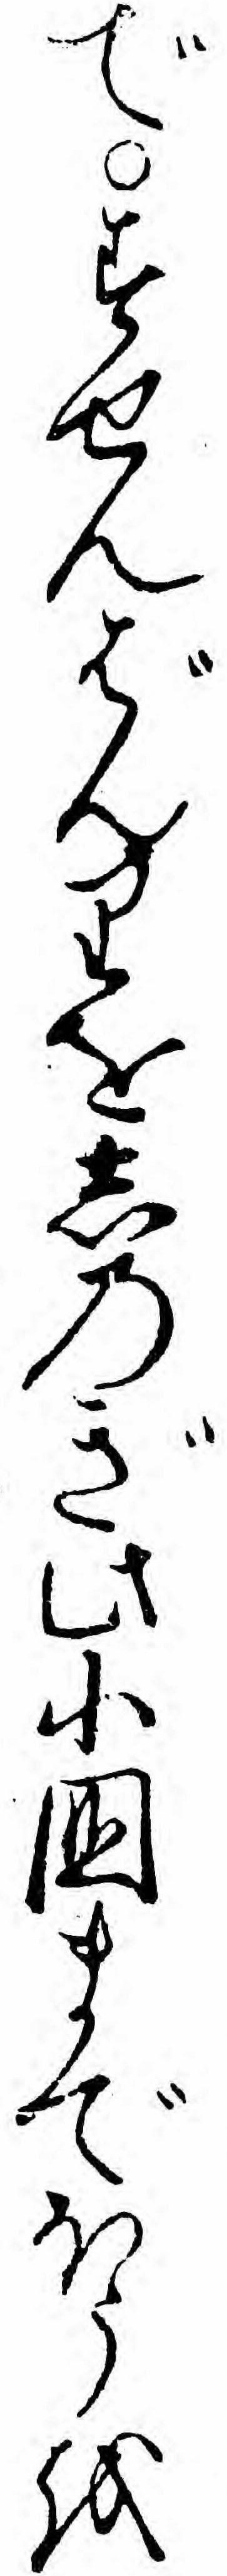
ですせんばんりをしのぎ此小国までほうを